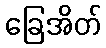
ခြေအိတ်